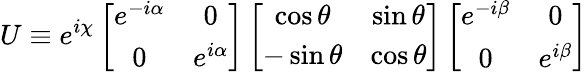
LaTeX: U\equiv e^{i\chi}\left[\begin{array}{cc}{{e^{-i\alpha}}}&{{0}}\\ {{0}}&{{e^{i\alpha}}}\end{array}\right]\left[\begin{array}{cc}{{\cos\theta}}&{{\sin\theta}}\\ {{-\sin\theta}}&{{\cos\theta}}\end{array}\right]\left[\begin{array}{cc}{{e^{-i\beta}}}&{{0}}\\ {{0}}&{{e^{i\beta}}}\end{array}\right]